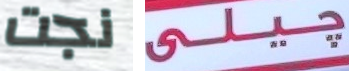
نجت جيلي